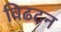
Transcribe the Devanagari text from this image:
विढटन